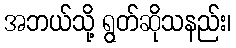
အဘယ်သို့ ရွတ်ဆိုသနည်း၊